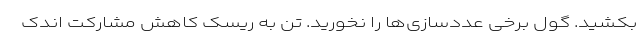
بکشید. گول برخی عددسازی‌ها را نخورید. تن به ریسک‌ کاهش مشارکت اندک